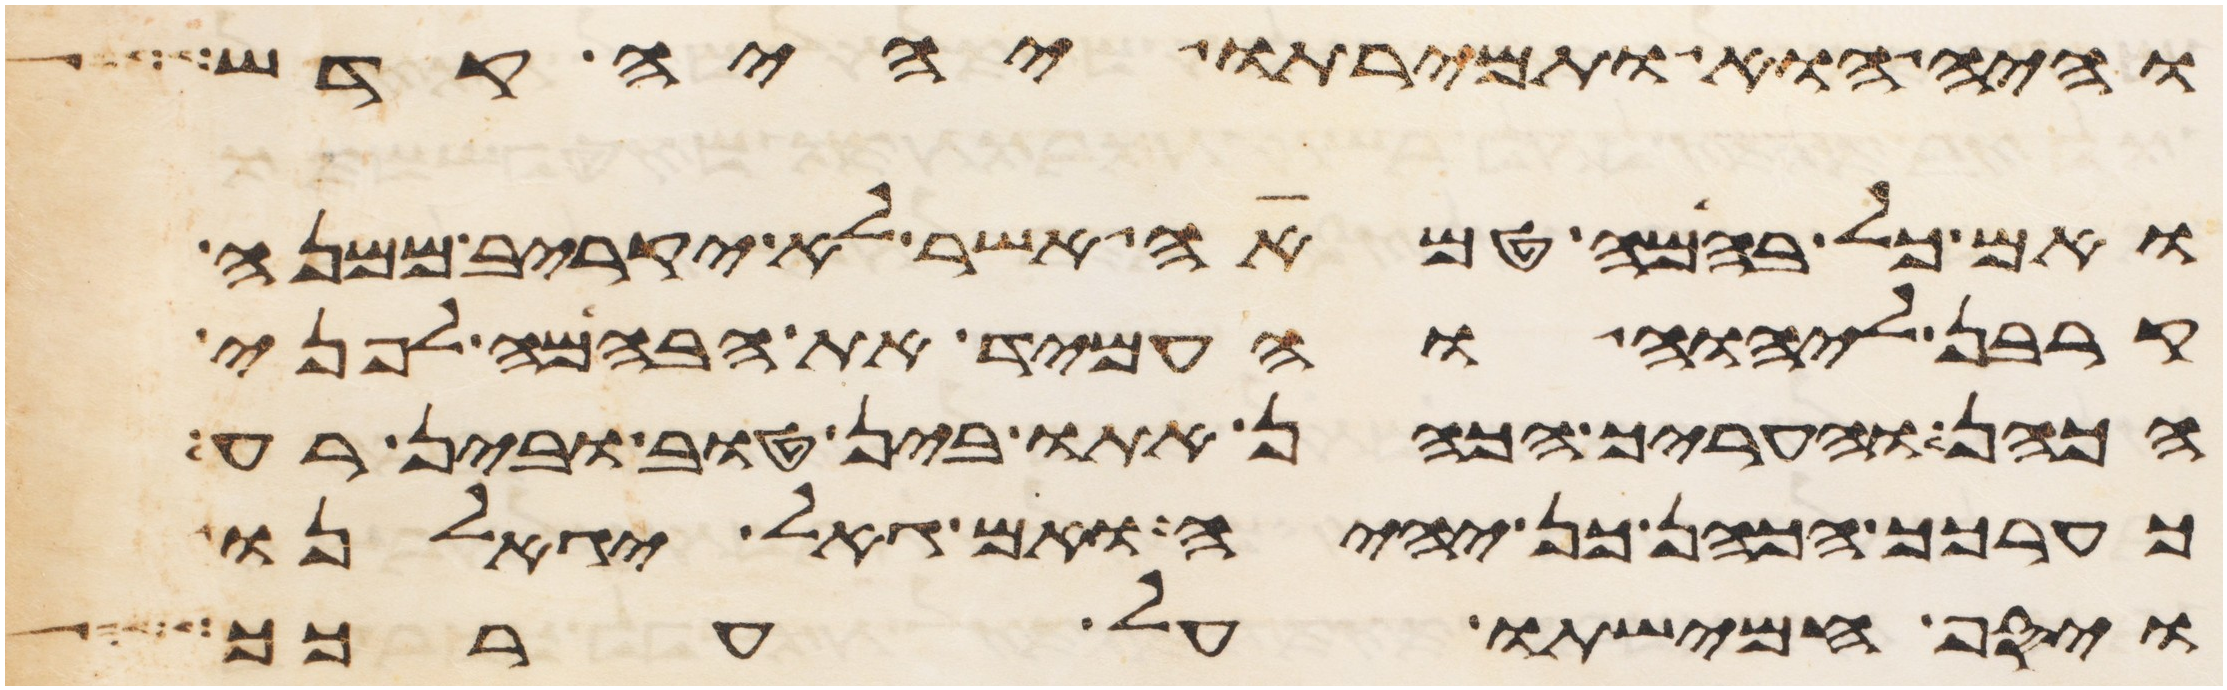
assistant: והיה הוא ותמירתו יהיה קדש
ואם כל בהמה טמאה אשר לא יקריב ממנה
קרבן ליהוה והעמיד את הבהמה לפני
הכהן והעריך הכהן אתו בין טוב ובין רע
כערכך הכהן כן יהיה ואם גאל יגאלנו
ויסף חמישתו על ערכך